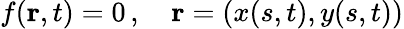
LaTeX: f(\mathbf{r},t)=0\, ,\quad\mathbf{r}=(x(s,t),y(s,t))